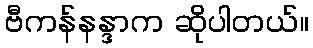
ဗီကန်နန္ဒာက ဆိုပါတယ်။